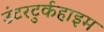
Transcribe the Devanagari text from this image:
उंटरटुर्कहाइम